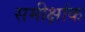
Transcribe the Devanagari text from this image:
समीक्षांक